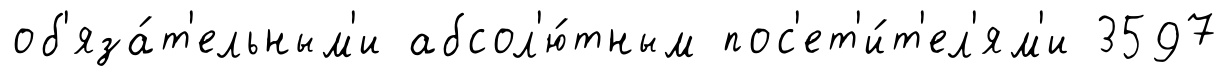
об'яза́т'ельным'и абсол'ю́тным пос'ет'и́т'ел'ям'и 3597